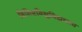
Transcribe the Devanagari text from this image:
विशिष्टविश्वविद्यालय